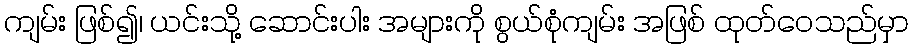
ကျမ်း ဖြစ်၍၊ ယင်းသို့ ဆောင်းပါး အများကို စွယ်စုံကျမ်း အဖြစ် ထုတ်ဝေသည်မှာ